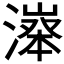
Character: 𣽵